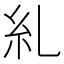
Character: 糺